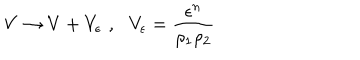
LaTeX: V \rightarrow V + V _ { \epsilon } \, \, , \, \, \, \, V _ { \epsilon } = \frac { \epsilon ^ { n } } { \rho _ { 1 } \rho _ { 2 } }